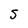
Character: S